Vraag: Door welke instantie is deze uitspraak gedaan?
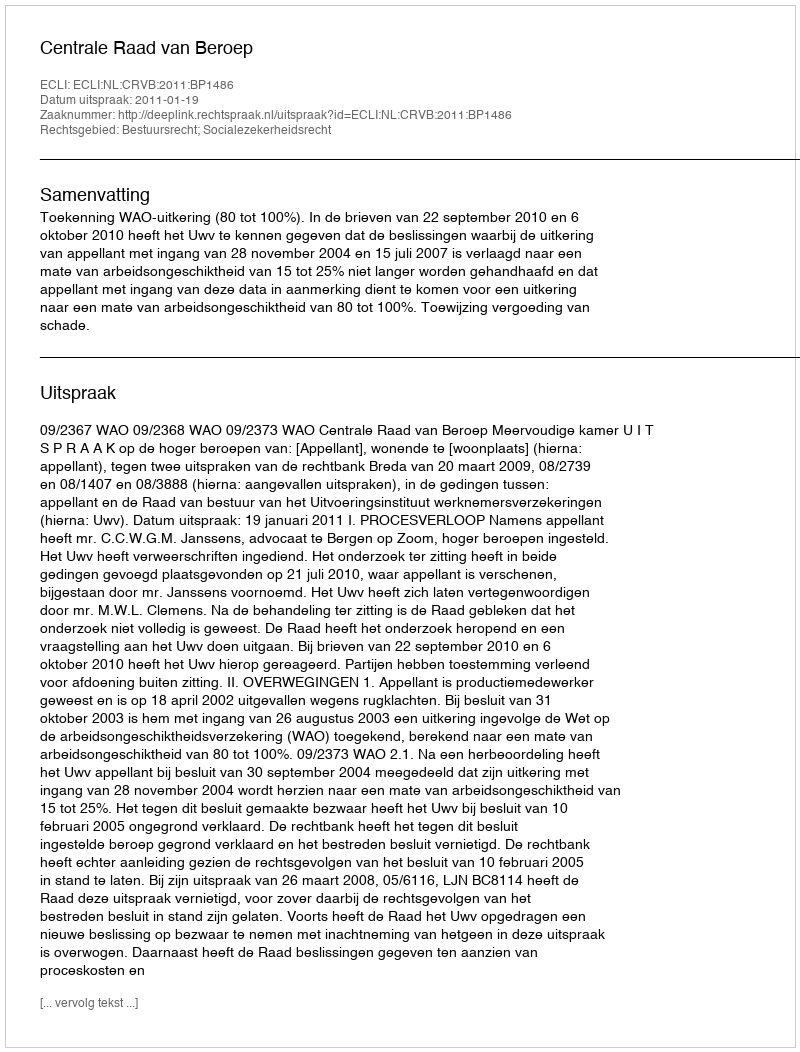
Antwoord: Centrale Raad van Beroep